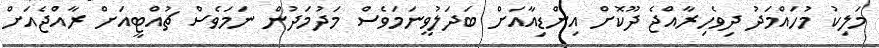
މަލިކު މުހައްމަދު ދިވެހިރާއްޖެ ދޫކޮށް އިންޑިއާއަށް ބަދަލުވީނަމަވެސް މަދުމަދުން ނަމަވެސް ޗުއްޓީއަށް ރާއްޖެއަށް